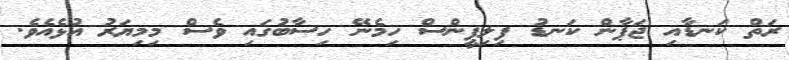
ރަތް ކަނޑާއި ޖަޕާން ކަނޑު ފިލިޕީންސް ހިމެނޭ ހިސާބުގައި ވެސް މިމިޔަރު އުޅެއެވެ.